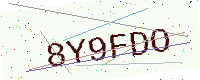
Text: 8Y9FDO